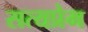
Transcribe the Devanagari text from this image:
सत्यप्रेम